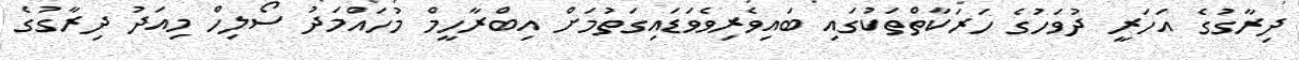
ދިރާގުގެ އަހަރީ ދުވަހުގެ ހަރަކާތްތަކުގައި ބައިވެރިވެވަޑައިގަތުމަށް އިބްރާހީމް މުހައްމަދު ސޯލިހް މިއަދު ދިރާގުގެ